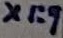
Text: X1:9